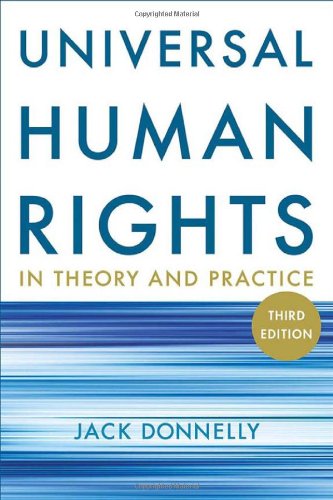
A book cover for Universal Human Rights in Theory and Practice; Jack Donnelly; Law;